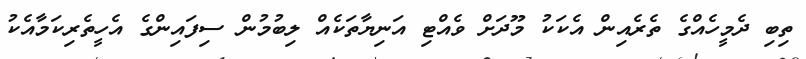
ތިބި ދެމީހެއްގެ ތެރެއިން އެކަކު މޫދަށް ވެއްޓި އަނިޔާތަކެއް ލިބުމުން ސިފައިންގެ އެހީތެރިކަމާއެކު